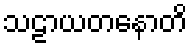
သဠာယတနောတိ